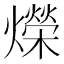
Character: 爃